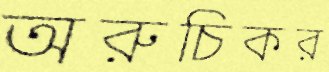
অরুচিকর